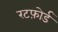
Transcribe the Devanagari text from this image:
रटफ़ोर्ड